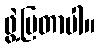
ဖွဲ့ပြတာပါ။